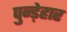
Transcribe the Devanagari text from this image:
पुन्ड़ेहार